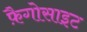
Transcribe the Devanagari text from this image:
फ़ैगोसाइट